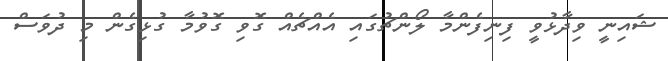
ޝައިނީ ވިދާޅުވީ ފިނިފެންމާ ލޯންޗުގައި އެއްޗެއް ގޮވި ގޮވުމާ ގުޅިގެން މި ދުވަސް